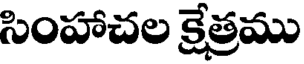
సింహాచల క్షేత్రము